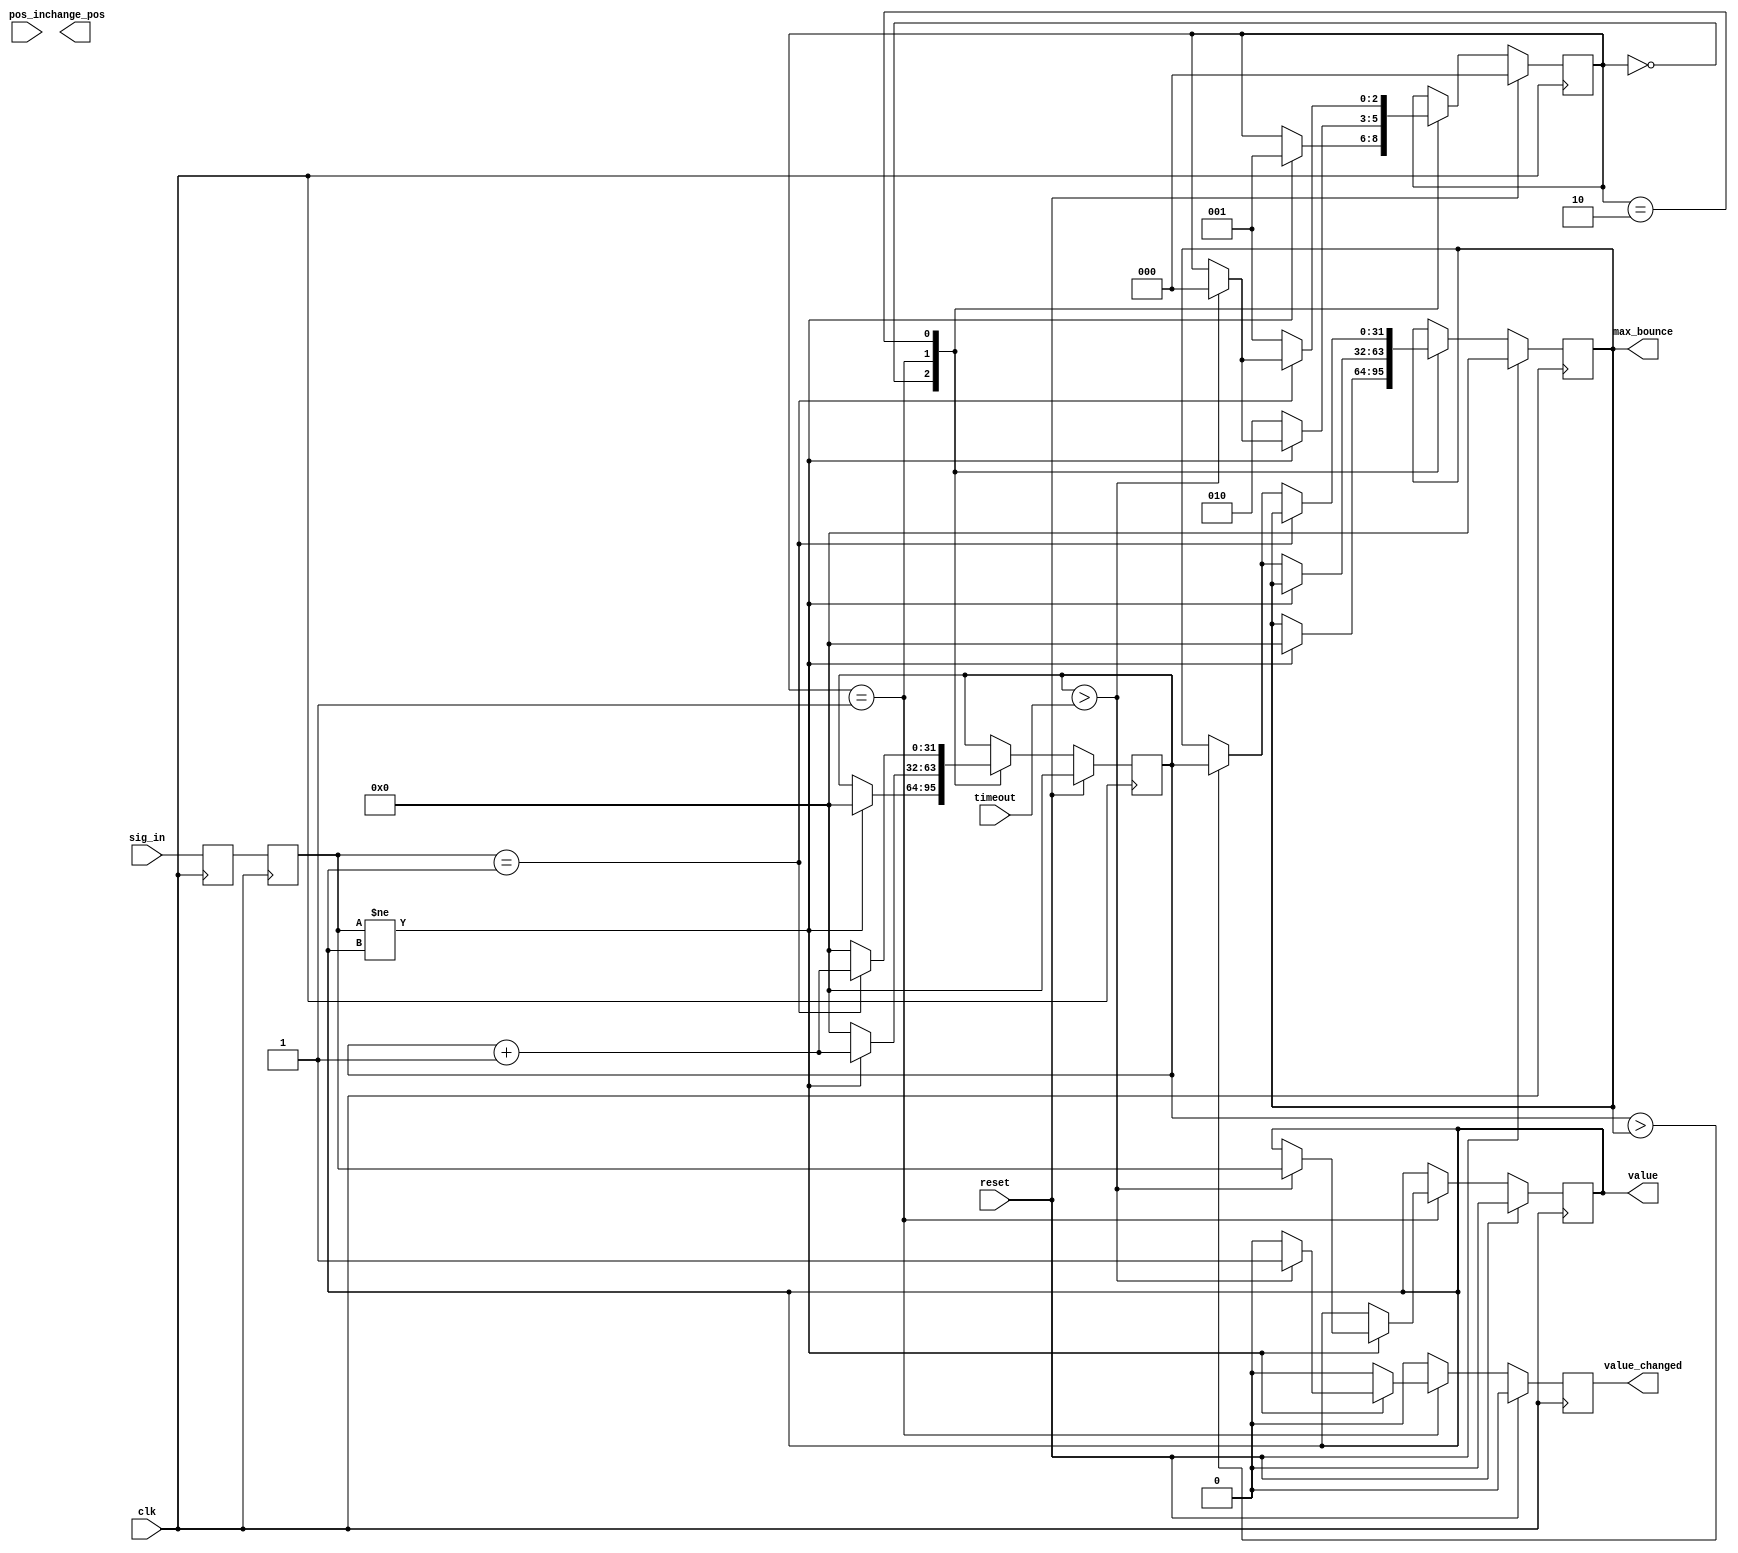
module debounce(
           input clk,
           input reset,
           input sig_in,
           input [31:0] pos_in,
           input [31:0] timeout,
           output reg value,
           output reg value_changed,
           output reg [31:0] change_pos,
           output reg [31:0] max_bounce
       );

reg sig_reg1;
reg sig;

// sync to clock
always @(posedge clk)
    begin
        sig_reg1 <= sig_in;
        sig <= sig_reg1;
    end

localparam S_STABLE=0, S_BOUNCE1=1, S_BOUNCE2=2;

reg [31:0] timer;
reg [31:0] next_timer;

reg [2:0] state;
reg [2:0] next_state;

reg next_change_pos;

reg next_value;
reg next_value_changed;

reg [31:0] start_pos;
reg [31:0] next_start_pos;

reg [31:0] next_max_bounce;

always @(reset or timeout or sig or timer or dstate or value or max_bounce or start_pos or pos_in or change_pos)
    begin
        next_timer <= timer;
        next_state <= state;
        next_value <= value;
        next_max_bounce <= max_bounce;
        next_start_pos <= start_pos;
        next_change_pos <= change_pos;
        next_value_changed <= 0;

        if (reset)
            begin
                next_timer <= 0;
                next_state <= S_STABLE;
                next_value <= 0;
                next_max_bounce <= 0;
                next_start_pos <= 0;
                next_change_pos <= 0;
            end
        else
            begin

                case (state)
                    S_STABLE:
                        begin
                            if (sig != value)
                                begin
                                    next_timer <= 0;
                                    next_start_pos <= pos_in;
                                    next_state <= S_BOUNCE1;
                                    next_max_bounce <= 0;
                                end
                        end
                    S_BOUNCE1:
                        begin
                            if (sig != value)
                                begin
                                    next_timer <= timer + 1;
                                    if (timer > timeout)
                                        begin
                                            next_value <= sig;
                                            next_state <= S_STABLE;
                                            next_value_changed <= 1;
                                            next_change_pos <= start_pos;
                                        end
                                end
                            else
                                begin
                                    next_state <= S_BOUNCE2;
                                    next_timer <= 0;
                                    if (timer > max_bounce)
                                        begin
                                            next_max_bounce <= timer;
                                        end
                                end
                        end
                    S_BOUNCE2:
                        begin
                            if (sig == value)
                                begin
                                    next_timer <= timer + 1;
                                    if (timer > timeout)
                                        begin
                                            next_state <= S_STABLE;
                                        end
                                end
                            else
                                begin
                                    next_state <= S_BOUNCE1;
                                    next_timer <= 0;
                                    if (timer > max_bounce)
                                        begin
                                            next_max_bounce <= timer;
                                        end
                                end
                        end
                endcase
            end
    end

always @(posedge clk)
    begin
        timer <= next_timer;
        max_bounce <= next_max_bounce;
        state <= next_state;
        value <= next_value;
        value_changed <= next_value_changed;
        start_pos <= next_start_pos;
    end

endmodule